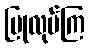
ပြုလုပ်ကြ